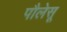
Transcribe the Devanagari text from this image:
पौलेसू